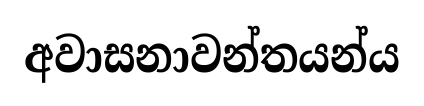
අවාසනාවන්තයන්ය